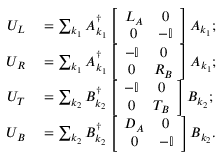
\begin{array} { r l } { U _ { L } } & { { } = \sum _ { k _ { 1 } } A _ { k _ { 1 } } ^ { \dagger } \left[ \begin{array} { c c } { L _ { A } } & { 0 } \\ { 0 } & { - \mathbb { I } } \end{array} \right] A _ { k _ { 1 } } ; } \\ { U _ { R } } & { { } = \sum _ { k _ { 1 } } A _ { k _ { 1 } } ^ { \dagger } \left[ \begin{array} { c c } { - \mathbb { I } } & { 0 } \\ { 0 } & { R _ { B } } \end{array} \right] A _ { k _ { 1 } } ; } \\ { U _ { T } } & { { } = \sum _ { k _ { 2 } } B _ { k _ { 2 } } ^ { \dagger } \left[ \begin{array} { c c } { - \mathbb { I } } & { 0 } \\ { 0 } & { T _ { B } } \end{array} \right] B _ { k _ { 2 } } ; } \\ { U _ { B } } & { { } = \sum _ { k _ { 2 } } B _ { k _ { 2 } } ^ { \dagger } \left[ \begin{array} { c c } { D _ { A } } & { 0 } \\ { 0 } & { - \mathbb { I } } \end{array} \right] B _ { k _ { 2 } } . } \end{array}